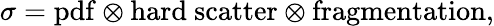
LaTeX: \sigma=\mathrm{pdf}\otimes\mathrm{hard~scatter}\otimes\mathrm{fragmentation},